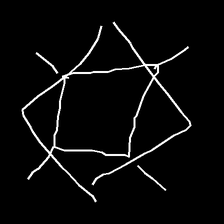
Glyph: light